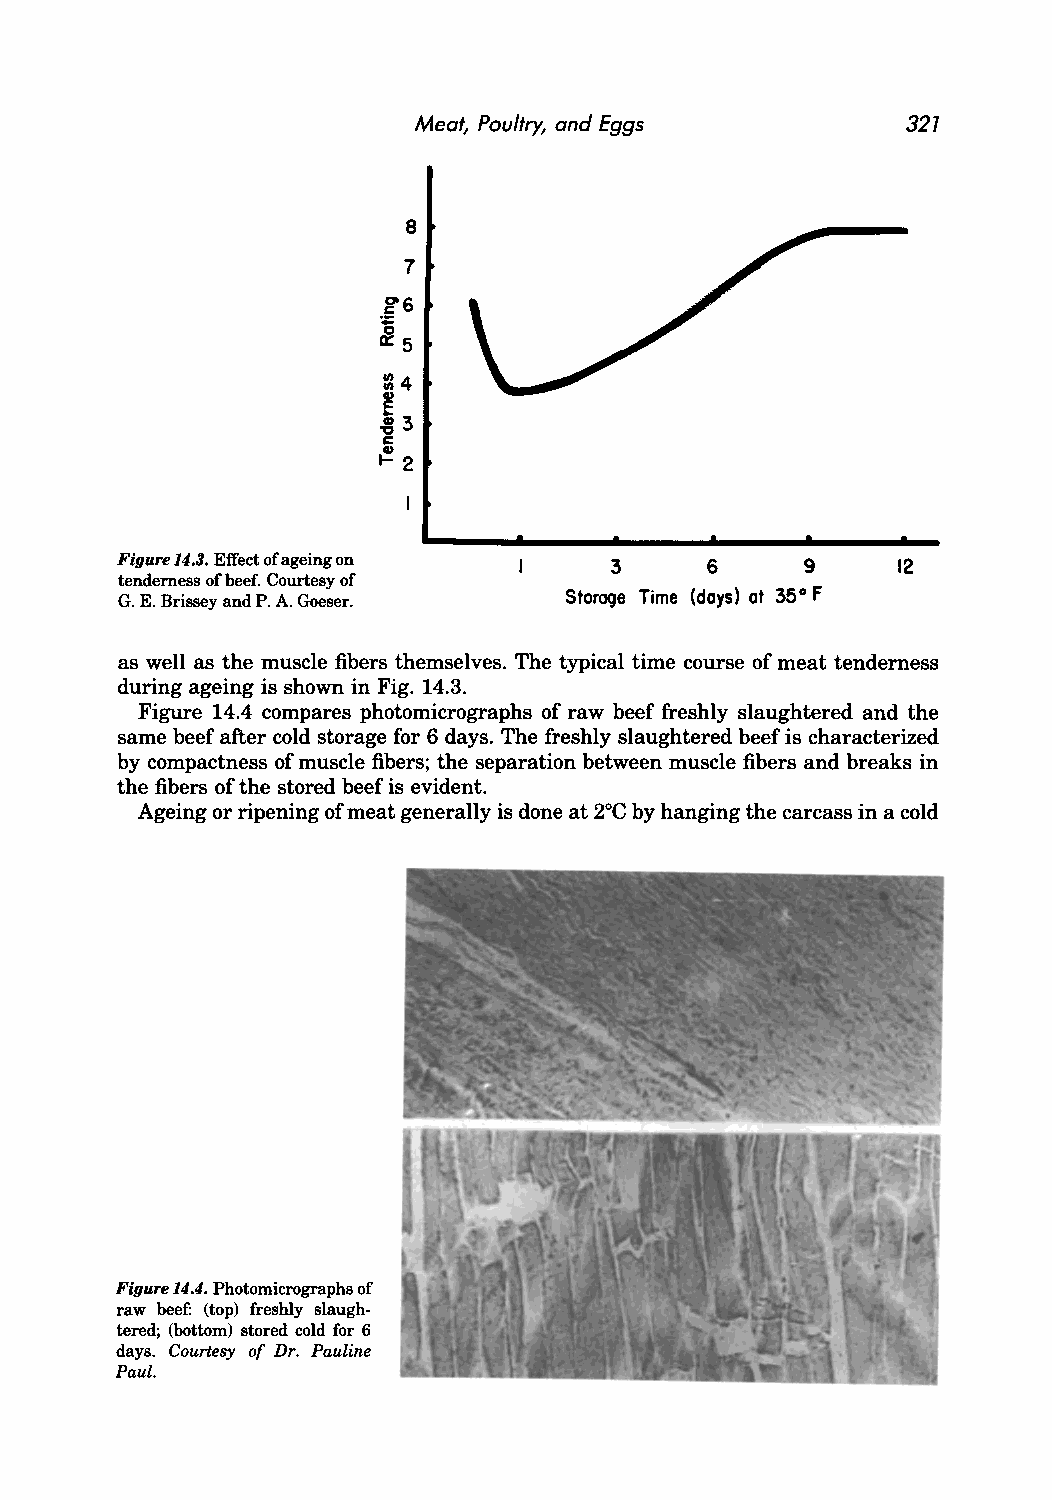
Meat, Poultry, and Eggs          327
 8
 7
 g'6
 ~
 0::5
 ::14
 E
 ~3
 c:
 GI
 1-2
 Figure 14.3. Effect of ageing on 3     6     9     12
 tenderness of beef. Courtesy of
 G. E. Brissey and P. A. Goeser. Storage Time (days) at 350 F
 as well as the muscle fibers themselves. The typical time course of meat tenderness
 during ageing is shown in Fig. 14.3.
 Figure 14.4 compares photomicrographs of raw beef freshly slaughtered and the
 same beef after cold storage for 6 days. The freshly slaughtered beef is characterized
 by compactness of muscle fibers; the separation between muscle fibers and breaks in
 the fibers of the stored beef is evident.
 Ageing or ripening of meat generally is done at 2°C by hanging the carcass in a cold
 Figure 14.4. Photomicrographs of
 raw beef: (top) freshly slaugh
 tered; (bottom) stored cold for 6
 days. Courtesy of Dr. Pauline
 Paul.